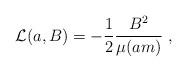
LaTeX: \begin{align*}{\cal L}(a,B) = -\frac{1}{2}\frac{B^2}{\mu(am)} \; ,\end{align*}